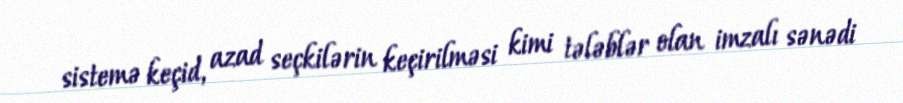
sistemə keçid, azad seçkilərin keçirilməsi kimi tələblər olan imzalı sənədi